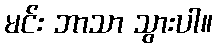
မင်း ဘာသာ သွားပါ။